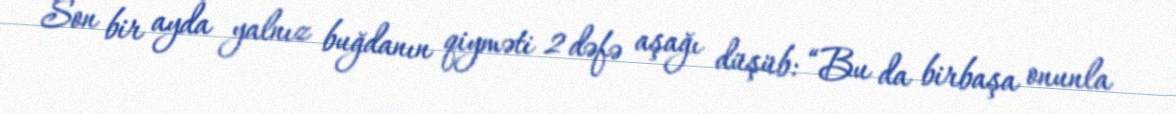
Son bir ayda yalnız buğdanın qiyməti 2 dəfə aşağı düşüb: “Bu da birbaşa onunla